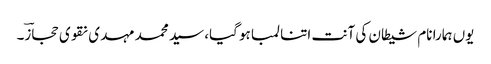
یوں ہمارا نام شیطان کی آنت اتنا لمبا ہو گیا، سید محمد مہدی نقوی حجازؔ۔